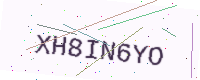
Text: XH8IN6YO